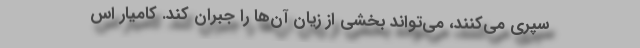
سپری می‌کنند، می‌تواند بخشی از زیان آن‌ها را جبران کند. کامیار اس